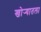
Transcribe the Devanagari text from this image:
खोर्‍यातला